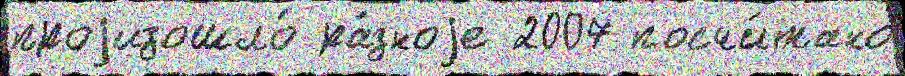
проjизошло́ ра́зноjе 2007 посчи́тано